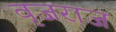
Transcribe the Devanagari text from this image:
वृजराज